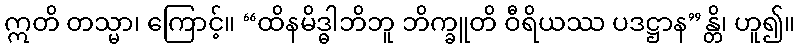
ဣတိ တသ္မာ၊ ကြောင့်။ “ထိနမိဒ္ဓါဘိဘူ ဘိက္ခူတိ ဝီရိယဿ ပဒဋ္ဌာန”န္တိ၊ ဟူ၍။